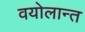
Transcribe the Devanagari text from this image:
वयोलान्त